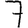
Digit: 7